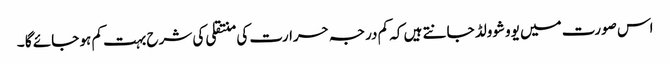
اس صورت میں یووشوولڈ جانتے ہیں کہ کم درجہ حرارت کی منتقلی کی شرح بہت کم ہو جائے گا ۔